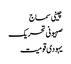
چینی سماج
صہیونی تحریک
یہودی قومیت